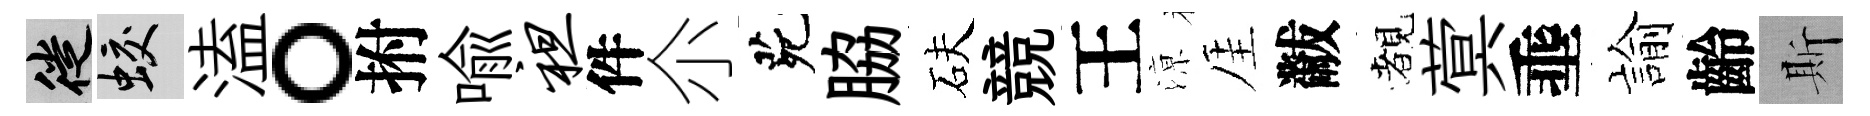
徙蛟溘。拊喩袒件尒茕脇砆競王鿌厓黻覩蓂埀諭齡斯